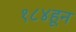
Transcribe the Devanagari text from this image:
१८४हून